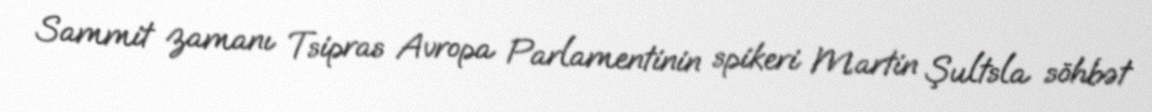
Sammit zamanı Tsipras Avropa Parlamentinin spikeri Martin Şultsla söhbət